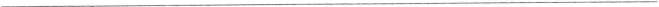
___